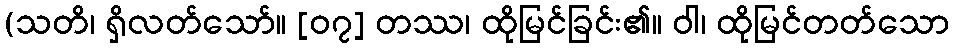
(သတိ၊ ရှိလတ်သော်။ [၀၇] တဿ၊ ထိုမြင်ခြင်း၏။ ဝါ၊ ထိုမြင်တတ်သော